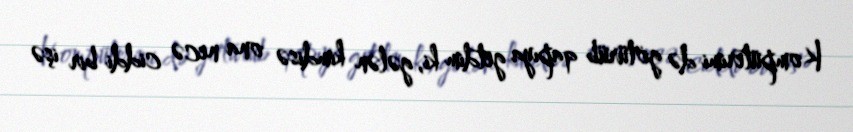
Kompüterimi də götürüb qapıya getdim ki, gələn kimdisə ona necə ciddi bir işə